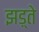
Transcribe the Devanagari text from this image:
झड़्ते